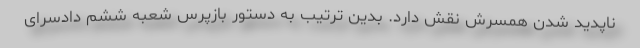
ناپدید شدن همسرش نقش دارد. بدین ترتیب به دستور بازپرس شعبه ششم دادسرای